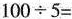
$$100\div5=$$